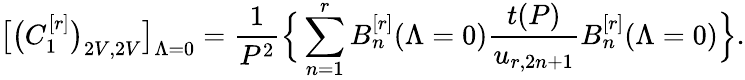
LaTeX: \big[\big(C_{1}^{[r]}\big)_{2V,2V}\big]_{\Lambda=0}=\frac{1}{P^{2}}\Big\{ \sum_{n=1}^{r}B_{n}^{[r]}(\Lambda=0)\frac{t(P)}{u_{r,2n+1}}B_{n}^{[r]}(\Lambda=0)\Big\} .